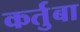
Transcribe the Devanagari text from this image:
कर्तुबा